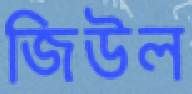
জিউল